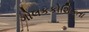
ગોલકકોશિકતા